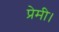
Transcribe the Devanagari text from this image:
प्रेमी।